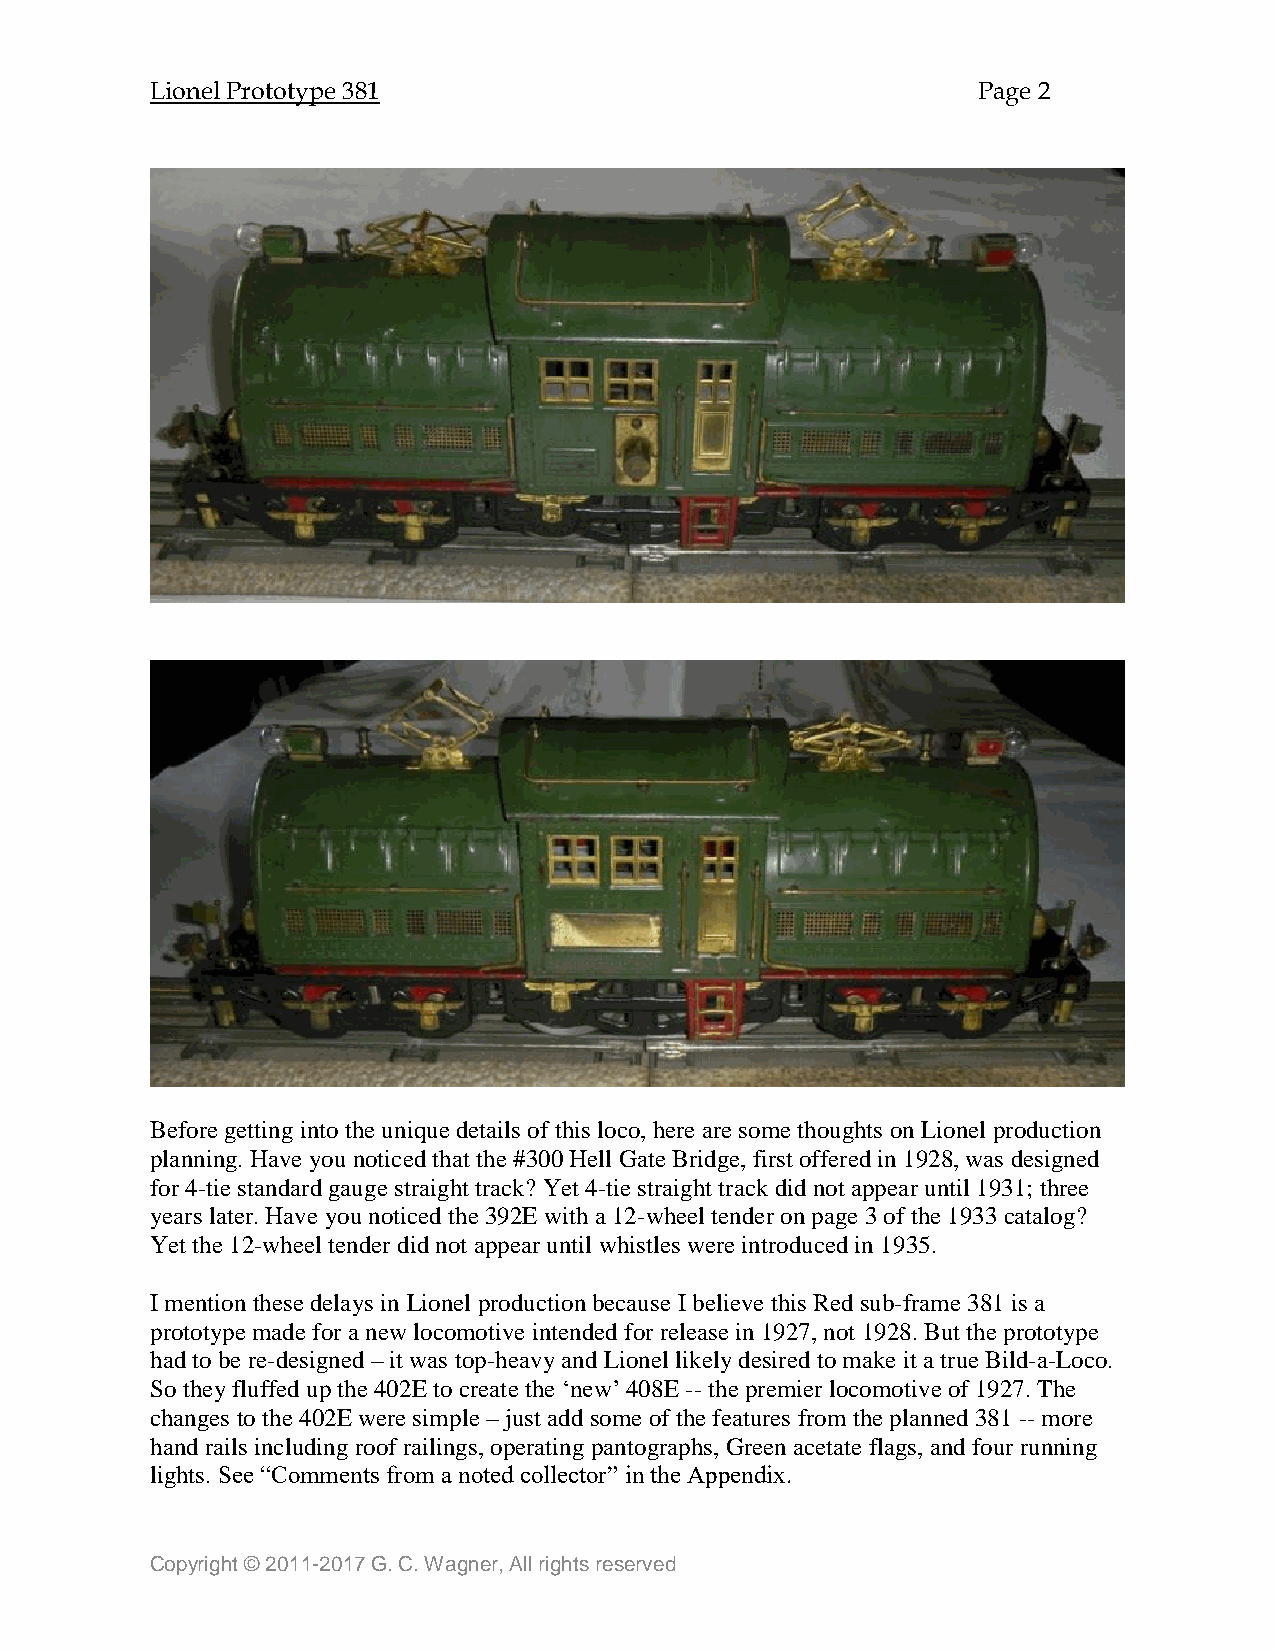
Lionel Prototype 381                                   Page 2
 Before getting into the unique details of this loco, here are some thoughts on Lionel production
 planning. Have you noticed that the #300 Hell Gate Bridge, first offered in 1928, was designed
 for 4-tie standard gauge straight track? Yet 4-tie straight track did not appear until 1931; three
 years later. Have you noticed the 392E with a 12-wheel tender on page 3 of the 1933 catalog?
 Yet the 12-wheel tender did not appear until whistles were introduced in 1935.
 I mention these delays in Lionel production because I believe this Red sub-frame 381 is a
 prototype made for a new locomotive intended for release in 1927, not 1928. But the prototype
 had to be re-designed – it was top-heavy and Lionel likely desired to make it a true Bild-a-Loco.
 So they fluffed up the 402E to create the ‘new’ 408E -- the premier locomotive of 1927. The
 changes to the 402E were simple – just add some of the features from the planned 381 -- more
 hand rails including roof railings, operating pantographs, Green acetate flags, and four running
 lights. See “Comments from a noted collector” in the Appendix.
 Copyright © 2011-2017 G. C. Wagner, All rights reserved